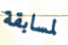
لمسابقة